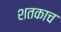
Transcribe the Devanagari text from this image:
शतकाच